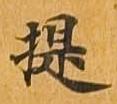
提